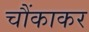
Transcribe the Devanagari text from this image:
चौंकाकर